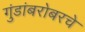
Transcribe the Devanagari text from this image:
गुंडांबरोबरचे